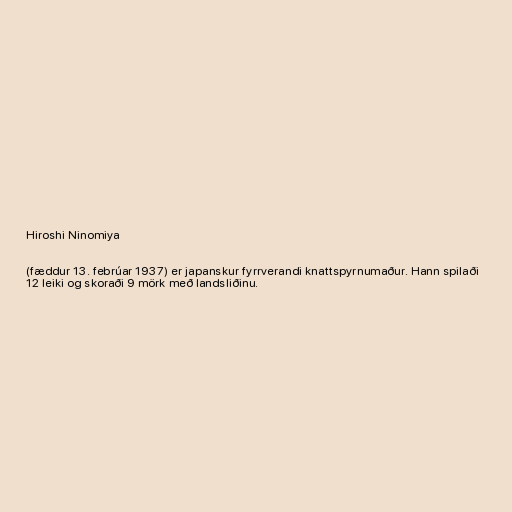
Hiroshi Ninomiya

(fæddur 13. febrúar 1937) er japanskur fyrrverandi knattspyrnumaður. Hann spilaði
12 leiki og skoraði 9 mörk með landsliðinu.